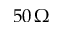
5 0 \, \Omega